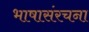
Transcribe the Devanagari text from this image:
भाषासंरचना